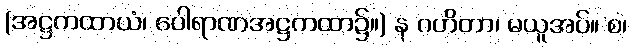
(အဋ္ဌကထာယံ၊ ပေါရာဏအဋ္ဌကထာ၌။) န ဂဟိတာ၊ မယူအပ်။ စ၊